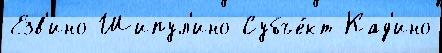
Езв'ино Шипул'ино Субъе́кт Кад'ино